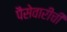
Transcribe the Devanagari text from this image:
पैसेवारीची